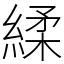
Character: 䋴